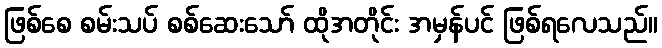
ဖြစ်စေ စမ်းသပ် စစ်ဆေးသော် ထိုအတိုင်း အမှန်ပင် ဖြစ်ရလေသည်။